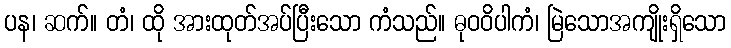
ပန၊ ဆက်။ တံ၊ ထို အားထုတ်အပ်ပြီးသော ကံသည်။ ဓုဝဝိပါကံ၊ မြဲသောအကျိုးရှိသော